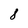
Character: 8